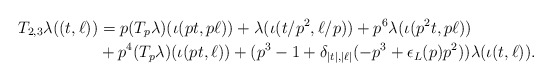
\begin{align*}T_{2,3} \lambda((t,\ell)) &=p(T_p\lambda)(\iota(pt,p\ell)) + \lambda(\iota(t/p^2,\ell/p)) + p^6\lambda(\iota(p^2t,p\ell)) \\ &+p^4(T_p\lambda)(\iota(pt,\ell)) + (p^3-1 + \delta_{|t|,|\ell|}(-p^3 + \epsilon_L(p)p^2))\lambda(\iota(t,\ell)).\end{align*}